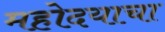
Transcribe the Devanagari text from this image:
महोदयाचा